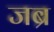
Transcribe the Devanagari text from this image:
जब्र